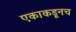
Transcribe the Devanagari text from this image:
एकाकडूनच